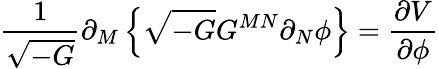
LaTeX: \frac{1}{\sqrt{-G}}\partial_{M}\left\{ \sqrt{-G}G^{MN}\partial_{N}\phi\right\} =\frac{\partial V}{\partial\phi}